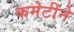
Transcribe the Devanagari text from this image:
कमेटीने